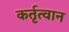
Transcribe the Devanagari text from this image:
कर्तृत्वान